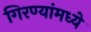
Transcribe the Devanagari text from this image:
गिरण्यांमध्ये